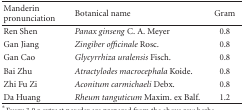
<table><thead><tr><td><b>Manderin pronunciation</b></td><td><b>Botanical name</b></td><td><b>Gram</b></td></tr></thead><tbody><tr><td>Ren Shen</td><td><i>Panax ginseng</i> C. A. Meyer</td><td>0.8</td></tr><tr><td>Gan Jiang</td><td><i>Zingiber officinale</i> Rosc.</td><td>0.8</td></tr><tr><td>Gan Cao</td><td><i>Glycyrrhiza uralensis</i> Fisch.</td><td>0.8</td></tr><tr><td>Bai Zhu</td><td><i>Atractylodes macrocephala</i> Koide.</td><td>0.8</td></tr><tr><td>Zhi Fu Zi</td><td><i>Aconitum carmichaeli</i> Debx.</td><td>0.8</td></tr><tr><td>Da Huang</td><td><i>Rheum tanguticum </i>Maxim. ex Balf.</td><td>1.2</td></tr></tbody></table>